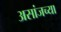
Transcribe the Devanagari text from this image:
असांजच्या